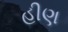
હીણ